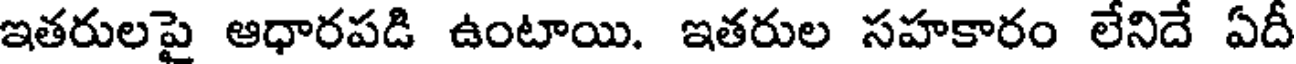
ఇతరులపై ఆధారపడి ఉంటాయి. ఇతరుల సహకారం లేనిదే ఏదీ